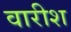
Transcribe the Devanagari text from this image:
वारीश